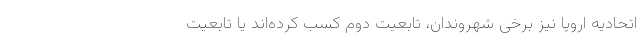
اتحادیه اروپا نیز برخی شهروندان، تابعیت دوم کسب کرده‌اند یا تابعیت